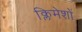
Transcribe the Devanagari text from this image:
क्लिमेशों